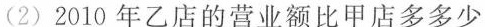
(2)2010年乙店的营业额比甲店多多少